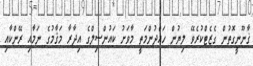
ޤާނޫނީގޮތުން ގެޒެޓްކުރެވޭ ލިޔުން ހައްދުންމަތީ މާވަށު ކައުންސިލްގެ އިދާރާ މަޤާމުގެ ނަމާއި ރޭންކާއި